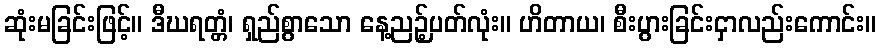
ဆုံးမခြင်းဖြင့်။ ဒီဃရတ္တံ၊ ရှည်စွာသော နေ့ညဉ့်ပတ်လုံး။ ဟိတာယ၊ စီးပွားခြင်းငှာလည်းကောင်း။